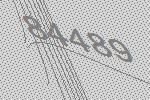
84489